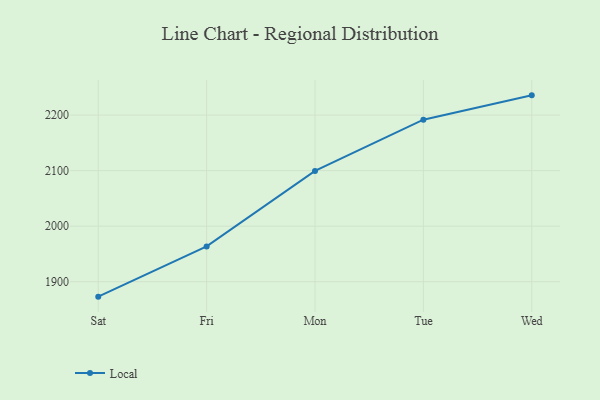
{"axis": {"x": "Day", "y": "Net Income (USD K)"}, "legend": ["Local"], "data": [{"x": "Sat", "y": 1873.1, "type": "Local"}, {"x": "Fri", "y": 1963.5, "type": "Local"}, {"x": "Mon", "y": 2099.5, "type": "Local"}, {"x": "Tue", "y": 2191.7, "type": "Local"}, {"x": "Wed", "y": 2235.5, "type": "Local"}]}